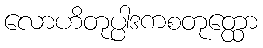
လောဟိတုပ္ပါဒကစတုတ္ထော